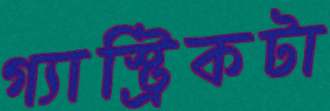
গ্যাস্ট্রিকটা